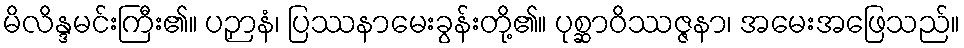
မိလိန္ဒမင်းကြီး၏။ ပဉှာနံ၊ ပြဿနာမေးခွန်းတို့၏။ ပုစ္ဆာဝိဿဇ္ဇနာ၊ အမေးအဖြေသည်။